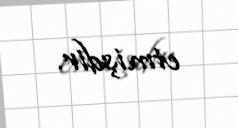
etmişdir.